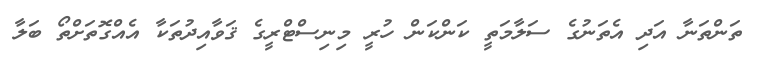
ތަންތަނާ އަދި އެތަނުގެ ސަލާމަތީ ކަންކަން ހުރީ މިނިސްޓްރީގެ ޤަވާއިދުތަކާ އެއްގޮތަށްތޯ ބަލާ